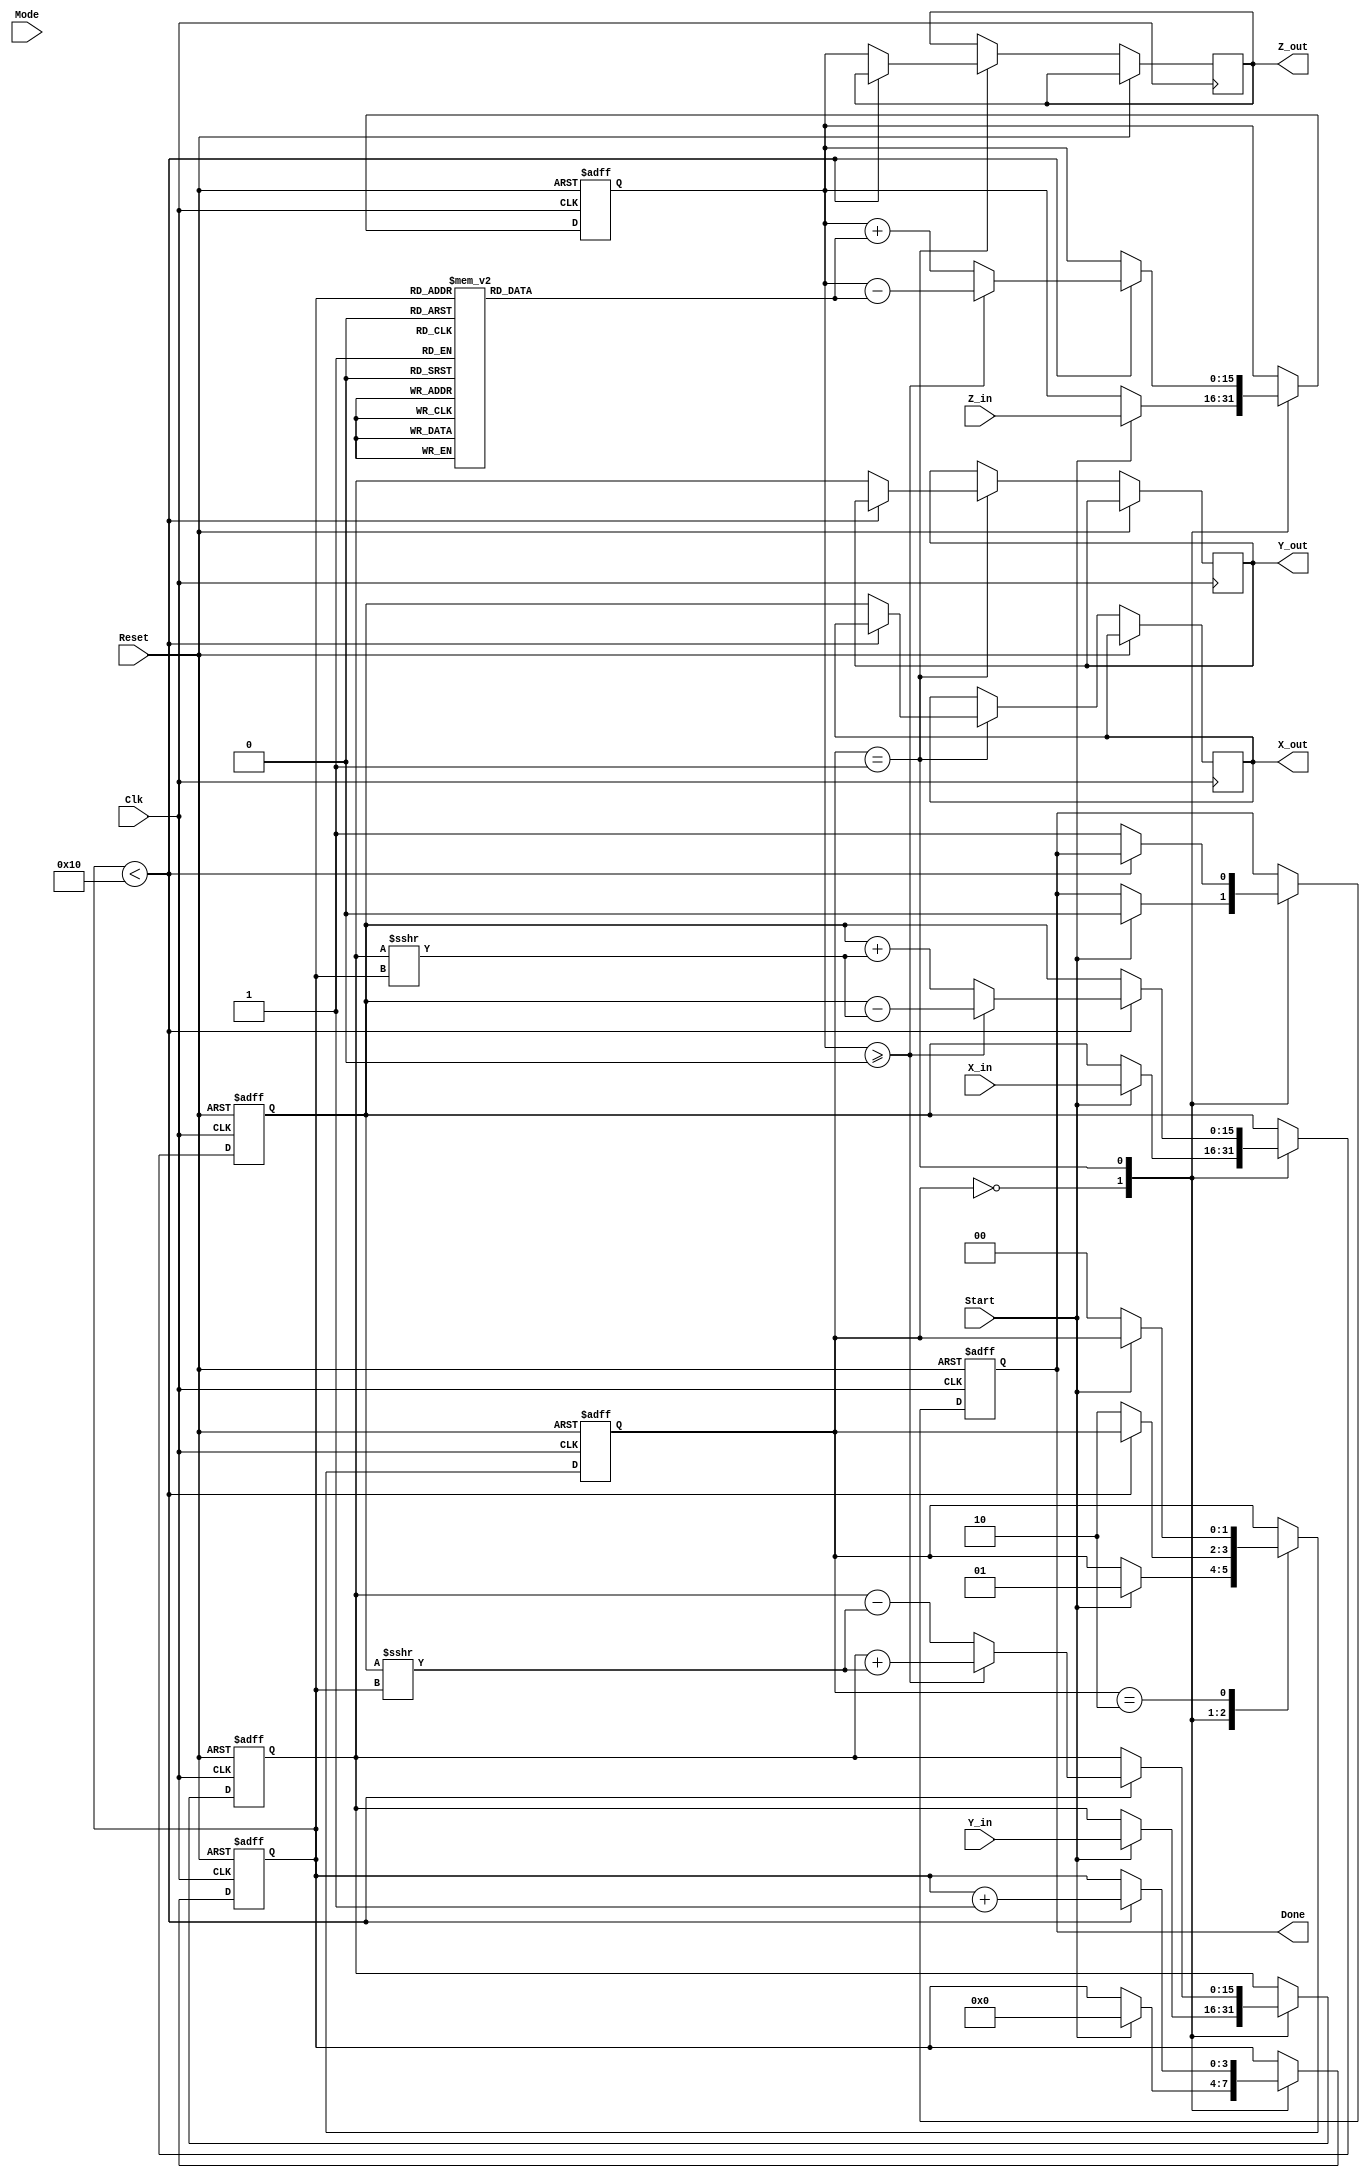
module cordic (
    input wire [15:0] X_in,      // Input vector X
    input wire [15:0] Y_in,      // Input vector Y
    input wire [15:0] Z_in,      // Angle of rotation
    input wire [1:0] Mode,       // Operation mode: 00 - Rotation, 01 - Vectoring, 10 - Hyperbolic
    input wire Start,             // Start control signal
    input wire Clk,               // Clock signal
    input wire Reset,             // Asynchronous reset
    output reg [15:0] X_out,      // Output vector X
    output reg [15:0] Y_out,      // Output vector Y
    output reg [15:0] Z_out,      // Result of the angle
    output reg Done               // Completion signal
);

    // Parameters
    parameter NUM_ITERATIONS = 16; // Number of iterations
    reg [15:0] arctan_table [0:NUM_ITERATIONS-1]; // Lookup table for atan

    // State variables
    reg [15:0] X, Y, Z;
    reg [3:0] iteration;
    reg [1:0] state; // State: 00 - Idle, 01 - Compute, 10 - Done

    // Initialize arctan values
    initial begin
        // Populate arctan_table with precomputed values
        arctan_table[0] = 16'h26DB; // atan(2^-0) in fixed-point
        arctan_table[1] = 16'h1D6A; // atan(2^-1)
        arctan_table[2] = 16'h0FA4; // atan(2^-2)
        arctan_table[3] = 16'h07E4; // atan(2^-3)
        // Further values should be filled in...
        // ...
    end

    // Control FSM
    always @(posedge Clk or posedge Reset) begin
        if (Reset) begin
            X <= 0;
            Y <= 0;
            Z <= 0;
            iteration <= 0;
            state <= 0;
            Done <= 0;
        end else begin
            case (state)
                2'b00: begin // Idle
                    if (Start) begin
                        // Load inputs
                        X <= X_in;
                        Y <= Y_in;
                        Z <= Z_in;
                        iteration <= 0;
                        state <= 1; // Go to Compute state
                        Done <= 0;
                    end
                end
                
                2'b01: begin // Compute
                    if (iteration < NUM_ITERATIONS) begin
                        // CORDIC rotation logic
                        if (Z >= 0) begin
                            // Perform rotation
                            X <= X - (Y >>> iteration);
                            Y <= Y + (X >>> iteration);
                            Z <= Z - arctan_table[iteration];
                        end else begin
                            // Perform reverse rotation
                            X <= X + (Y >>> iteration);
                            Y <= Y - (X >>> iteration);
                            Z <= Z + arctan_table[iteration];
                        end
                        iteration <= iteration + 1;
                    end else begin
                        // Computation done
                        X_out <= X;
                        Y_out <= Y;
                        Z_out <= Z;
                        Done <= 1;
                        state <= 2; // Move to Done state
                    end
                end
                
                2'b10: begin // Done
                    if (!Start) begin
                        state <= 0; // Go back to Idle state
                    end
                end
            endcase
        end
    end

endmodule